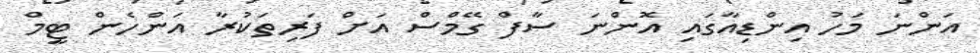
އަންނަ މަހު އިންޑިއާގައި އޮންނަ ސާފް ގޭމްސް އަށް ފަރިތަކުރާ އަންހެން ޓީމް